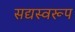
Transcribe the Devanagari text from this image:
सद्यस्वरूप